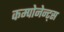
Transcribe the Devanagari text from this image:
कम्पोनेन्ट्स